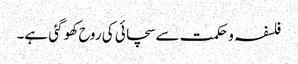
فلسفہ و حکمت سے سچائی کی روح کھو گئی ہے۔